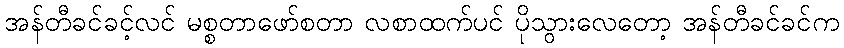
အန်တီခင်ခင့်လင် မစ္စတာဖော်စတာ လစာထက်ပင် ပိုသွားလေတော့ အန်တီခင်ခင်က